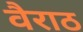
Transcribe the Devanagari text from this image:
वैराठ